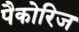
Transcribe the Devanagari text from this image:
पैकोरिज